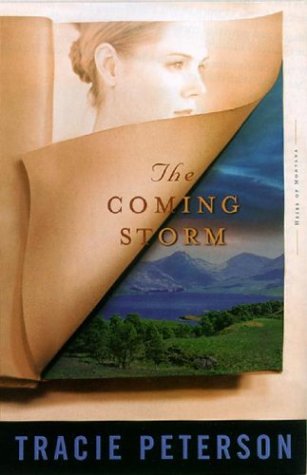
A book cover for The Coming Storm (Heirs of Montana #2); Tracie Peterson; Romance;